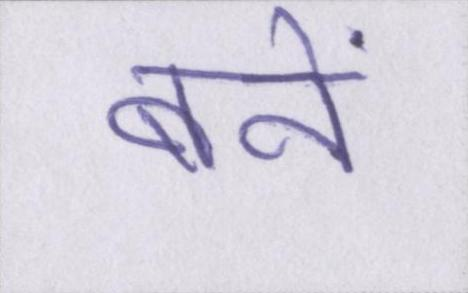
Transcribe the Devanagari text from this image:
बनें